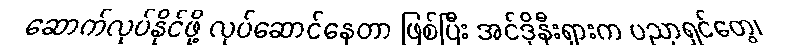
ဆောက်လုပ်နိုင်ဖို့ လုပ်ဆောင်နေတာ ဖြစ်ပြီး အင်ဒိုနီးရှားက ပညာရှင်တွေ၊